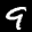
Label: 9